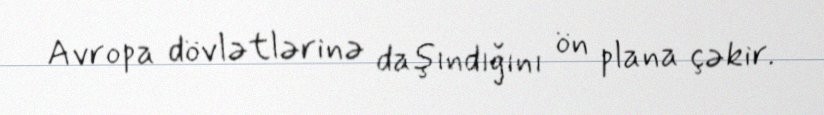
Avropa dövlətlərinə daşındığını ön plana çəkir.